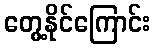
တွေ့နိုင်ကြောင်း